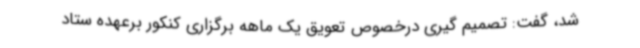
شد، گفت: تصمیم گیری درخصوص تعویق یک ماهه برگزاری کنکور برعهده ستاد